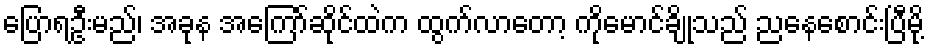
ပြောရဦးမည်၊ အခုန အကြော်ဆိုင်ထဲက ထွက်လာတော့ ကိုမောင်ချိုသည် ညနေစောင်းပြီမို့